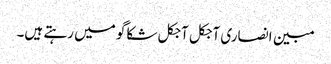
مبین انصاری آجکل آجکل شکاگو میں رہتے ہیں۔